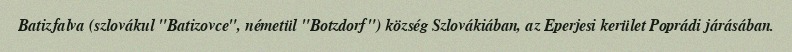
Batizfalva (szlovákul "Batizovce", németül "Botzdorf") község Szlovákiában, az Eperjesi kerület Poprádi járásában.